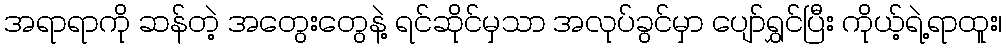
အရာရာကို ဆန်တဲ့ အတွေးတွေနဲ့ ရင်ဆိုင်မှသာ အလုပ်ခွင်မှာ ပျော်ရွှင်ပြီး ကိုယ့်ရဲ့ရာထူး၊